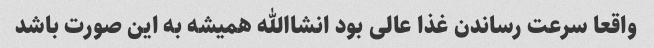
واقعا سرعت رساندن غذا عالی بود انشاالله همیشه به این صورت باشد